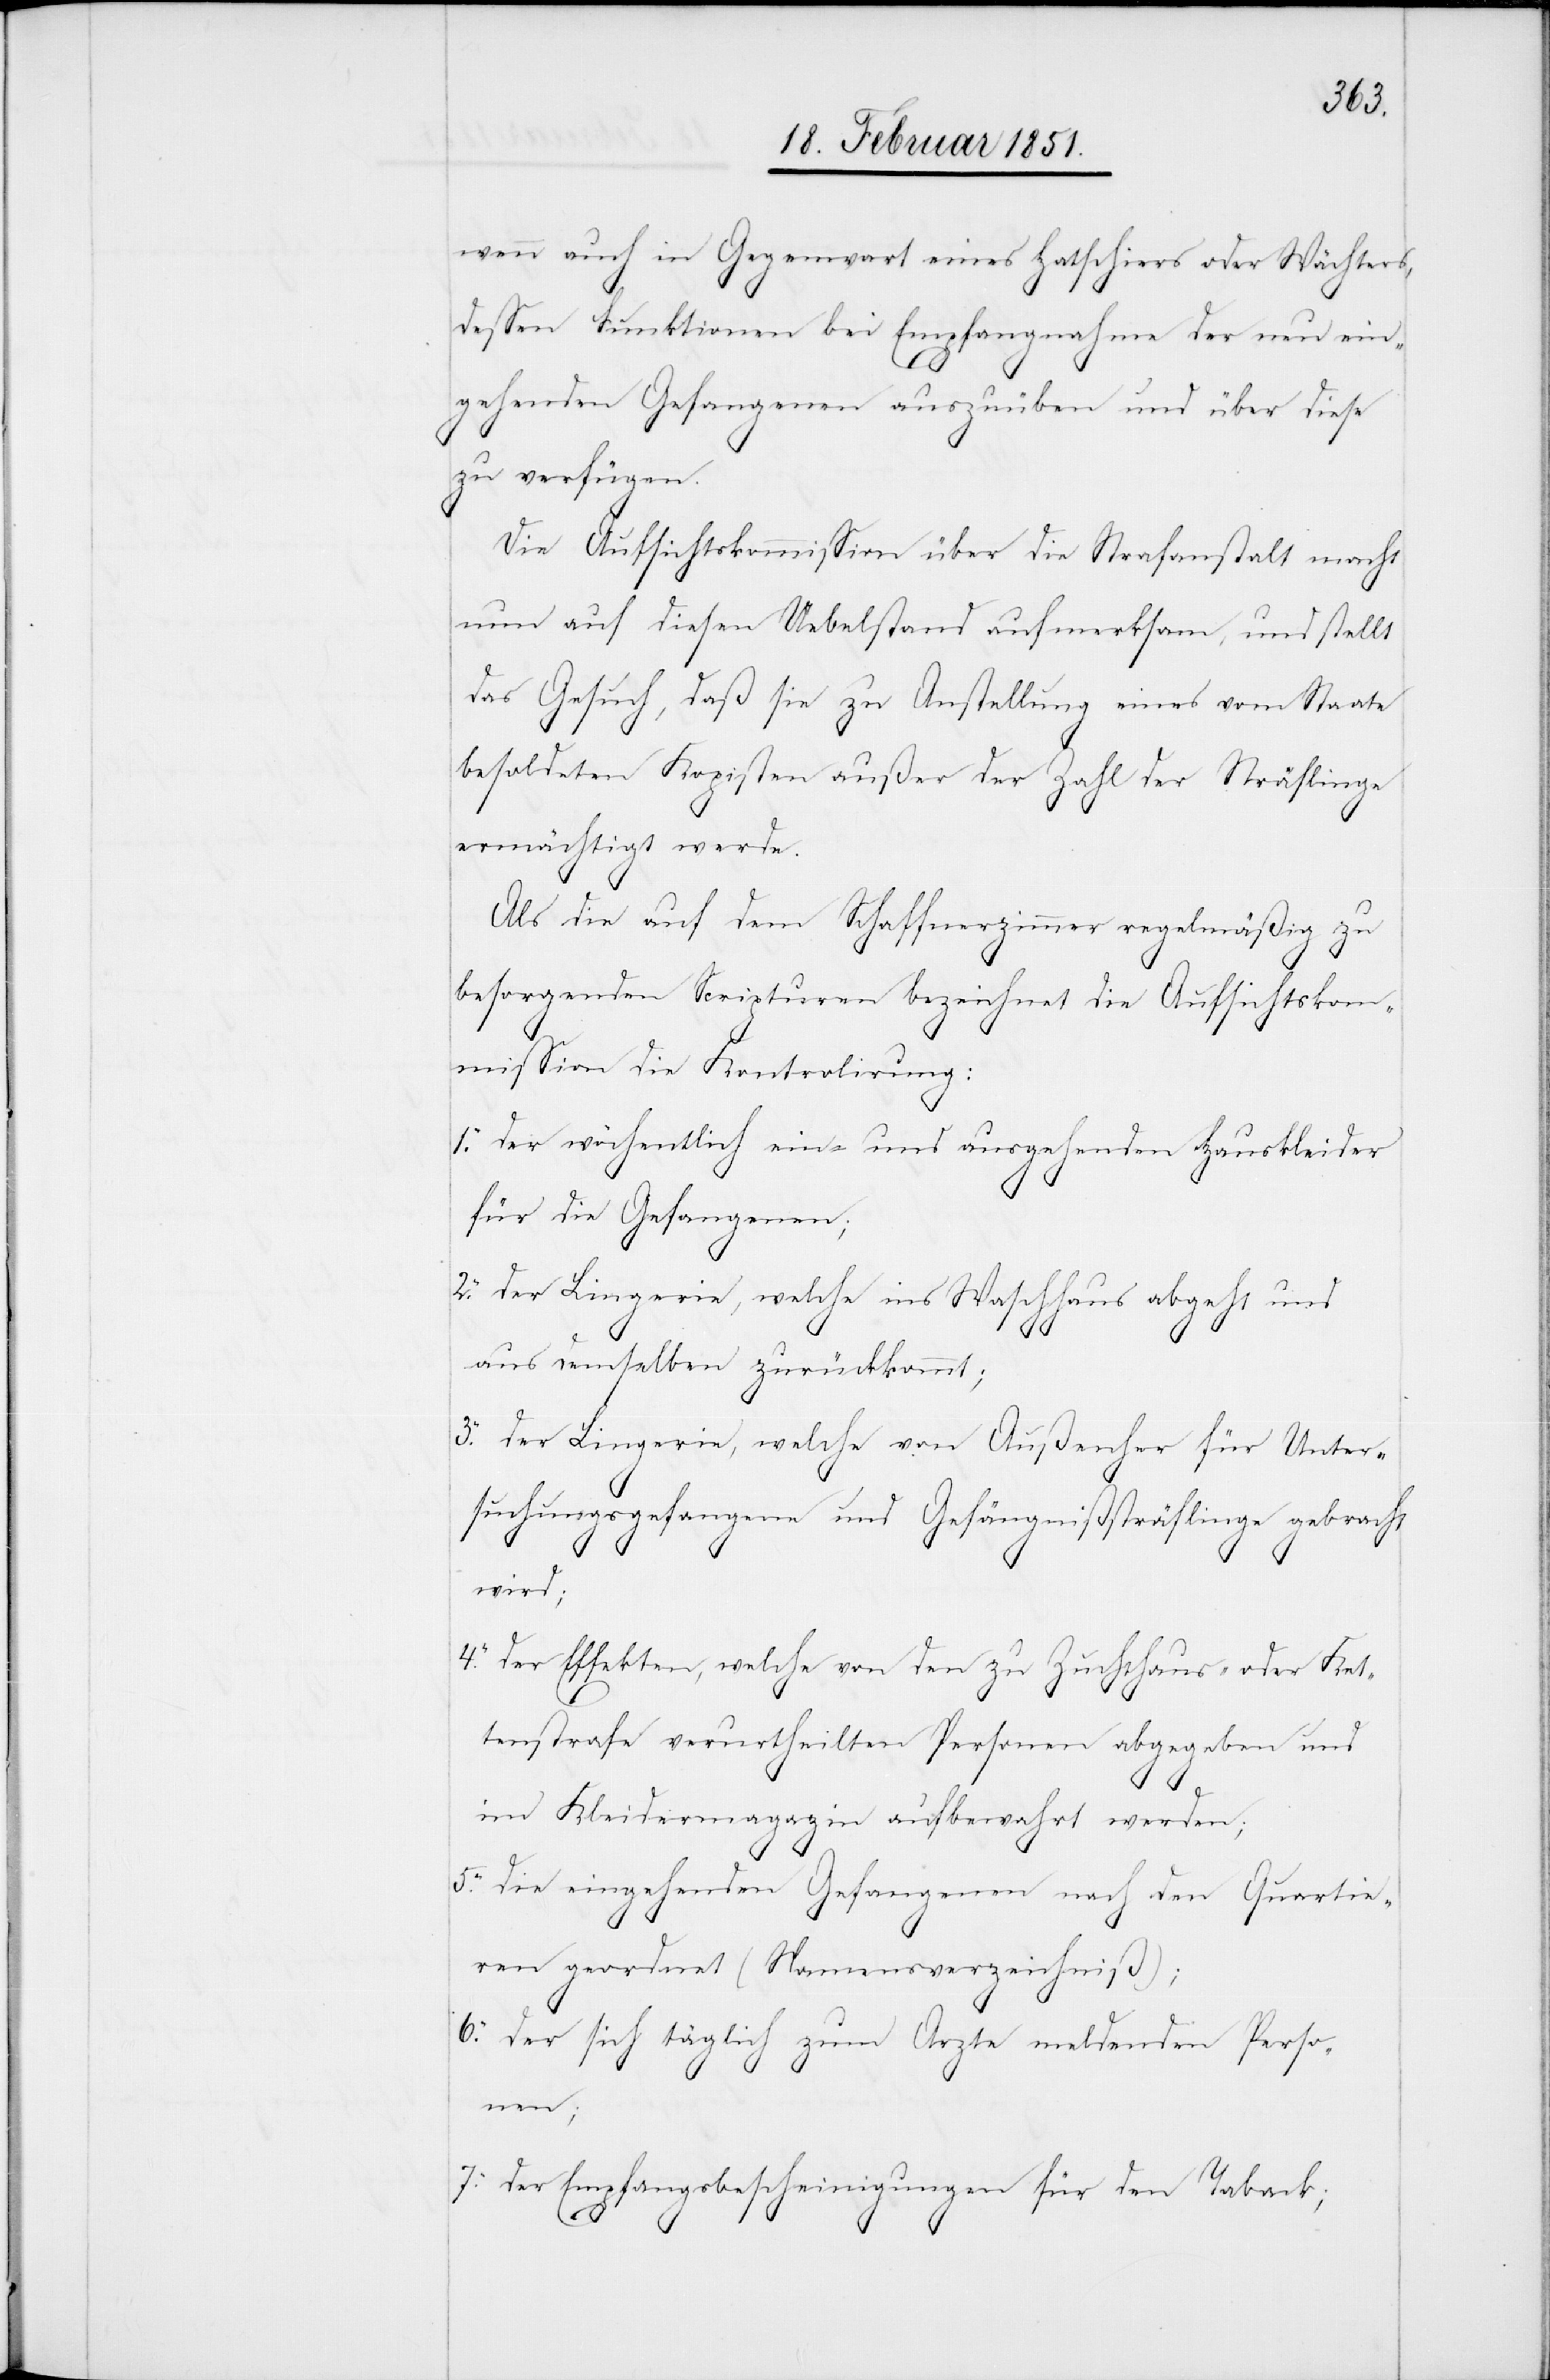
wenn auch in Gegenwart eines Hatschiers oder Wächters,
dessen Funktionen bei Empfangnahme der neu ein¬
gehenden Gefangenen auszuüben und über diese
zu verfügen.
Die Aufsichtskommission über die Strafanstalt macht
nun auf diesen Uebelstand aufmerksam, und stellt
das Gesuch, daß sie zu Anstellung eines vom Staate
besoldeten Kopisten außer der Zahl der Sträflinge
ermächtigt werde.
Als die auf dem Schaffnerzimmer regelmäßig zu
7.
besorgenden Scripturen bezeichnet die Aufsichtskom¬
mission die Kontrolirung:
der wöchentlich ein- und ausgehenden Hauskleider
4.
für die Gefangenen;
der Lingerie, welche ins Waschhaus abgeht und
aus demselben zurückkommt;
der Lingerie, welche von Außenher für Unter¬
suchungsgefangene und Gefängnißsträflinge gebracht
wird;
der Effekten, welche von den zu Zuchthaus- oder Ket¬
tenstrafe verurtheilten Personen abgegeben und
[rec¬
im Kleidermagazin aufbewahrt werden;
te: der] eingehenden Gefangenen nach den Quartie¬
ren geordnet (Namensverzeichniß);
der sich täglich zum Arzte meldenden Perso¬
nen;
der Empfangsbescheinigungen für den Taback;